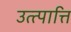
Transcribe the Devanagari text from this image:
उत्त्पात्ति